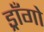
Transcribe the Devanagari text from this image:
ड्राँगो